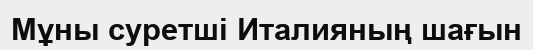
Мұны суретші Италияның шағын